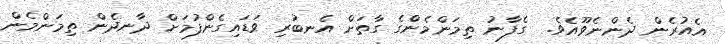
އެއުރެން ދެންނެވޫއެވެ.  ގެފާނު ތިމަންމެންގެ ގާތަށް އެނބުރި ވަޑައިގެންފުމަށް ދާނދެން ތިމަންމެން